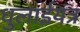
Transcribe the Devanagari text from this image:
धुलाईयंत्र